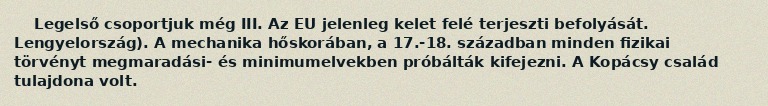
Legelső csoportjuk még III. Az EU jelenleg kelet felé terjeszti befolyását. Lengyelország). A mechanika hőskorában, a 17.-18. században minden fizikai törvényt megmaradási- és minimumelvekben próbálták kifejezni. A Kopácsy család tulajdona volt.